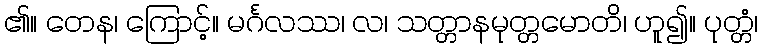
၏။ တေန၊ ကြောင့်။ မင်္ဂလဿ၊ လ၊ သတ္တာနမုတ္တမောတိ၊ ဟူ၍။ ပုတ္တံ၊